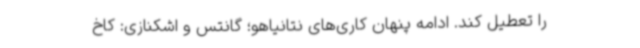
را تعطیل کند. ادامه پنهان کاری‌های نتانیاهو؛ گانتس و اشکنازی: کاخ